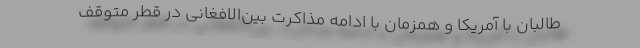
طالبان با آمریکا و همزمان با ادامه مذاکرت بین‌الافغانی در قطر متوقف